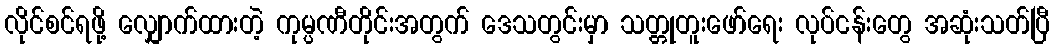
လိုင်စင်ရဖို့ လျှောက်ထားတဲ့ ကုမ္ပဏီတိုင်းအတွက် ဒေသတွင်းမှာ သတ္တုတူးဖော်ရေး လုပ်ငန်းတွေ အဆုံးသတ်ပြီ